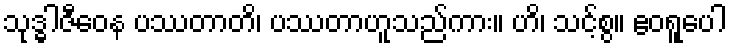
သုဒ္ဓါဇီဝေန ပဿတာတိ၊ ပဿတာဟူသည်ကား။ ဟိ၊ သင့်စွ။ ဧဝရူပေါ